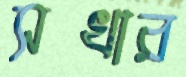
সখার